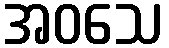
အဝသေ